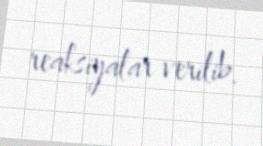
reaksiyalar verilib.